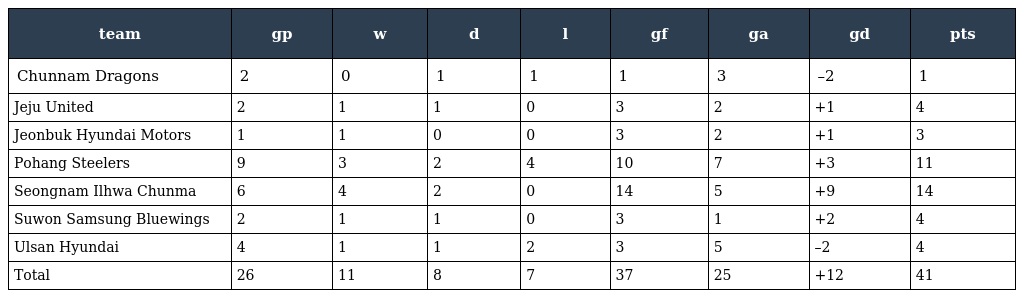
| team | gp | w | d | l | gf | ga | gd | pts |
 | --- | --- | --- | --- | --- | --- | --- | --- | --- |
 | Chunnam Dragons | 2 | 0 | 1 | 1 | 1 | 3 | –2 | 1 |
 | Jeju United | 2 | 1 | 1 | 0 | 3 | 2 | +1 | 4 |
 | Jeonbuk Hyundai Motors | 1 | 1 | 0 | 0 | 3 | 2 | +1 | 3 |
 | Pohang Steelers | 9 | 3 | 2 | 4 | 10 | 7 | +3 | 11 |
 | Seongnam Ilhwa Chunma | 6 | 4 | 2 | 0 | 14 | 5 | +9 | 14 |
 | Suwon Samsung Bluewings | 2 | 1 | 1 | 0 | 3 | 1 | +2 | 4 |
 | Ulsan Hyundai | 4 | 1 | 1 | 2 | 3 | 5 | –2 | 4 |
 | Total | 26 | 11 | 8 | 7 | 37 | 25 | +12 | 41 |